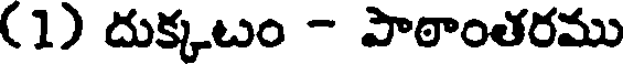
(1) దుక్కటం - పాఠాంతరము